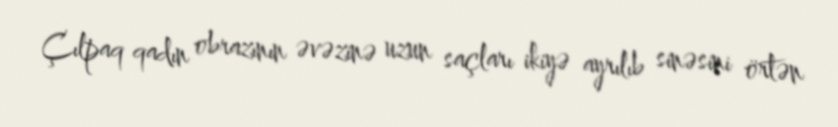
Çılpaq qadın obrazının əvəzinə uzun saçları ikiyə ayrılıb sinəsini örtən